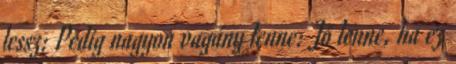
lessz: Pedig nagyon vagány lenne: Jó lenne, ha ez